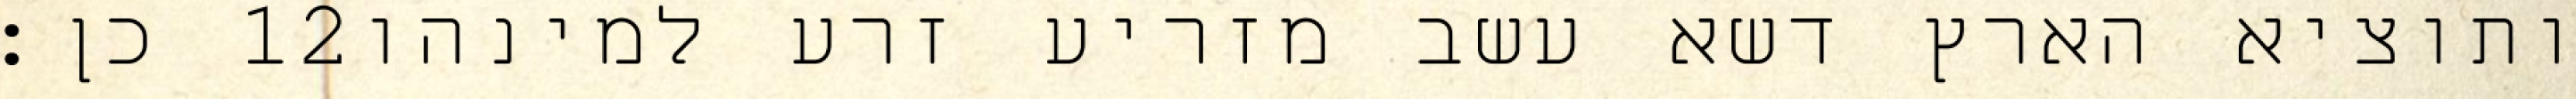
כן׃ ‎12‏ ותוציא הארץ דשא עשב מזריע זרע למינהו